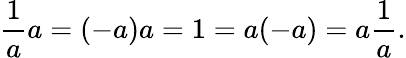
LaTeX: {\frac{1}{a}}a=(-a)a=1=a(-a)=a{\frac{1}{a}}.